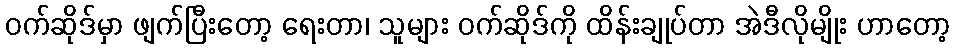
ဝက်ဆိုဒ်မှာ ဖျက်ပြီးတော့ ရေးတာ၊ သူများ ဝက်ဆိုဒ်ကို ထိန်းချုပ်တာ အဲဒီလိုမျိုး ဟာတော့